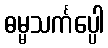
ဓမ္မသင်္ကပ္ပေါ